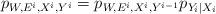
LaTeX: \begin{align*}p_{W, E^i, X^i, Y^i} = p_{W, E^i, X^i, Y^{i-1}}p_{Y_i|X_i} \end{align*}